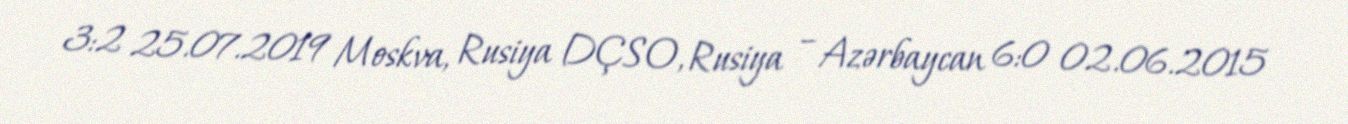
3:2 25.07.2019 Moskva, Rusiya DÇSO, Rusiya – Azərbaycan 6:0 02.06.2015